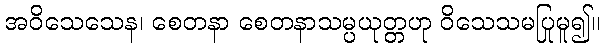
အဝိသေသေန၊ စေတနာ စေတနာသမ္ပယုတ္တဟု ဝိသေသမပြုမူ၍။